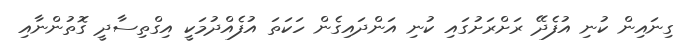
ގިނައިން ކުނި އުފެދޭ ރަށްރަށުގައި ކުނި އަންދައިގެން ހަކަތަ އުފެއްދުމަކީ އިގްތިސާދީ ގޮތުންނާއި